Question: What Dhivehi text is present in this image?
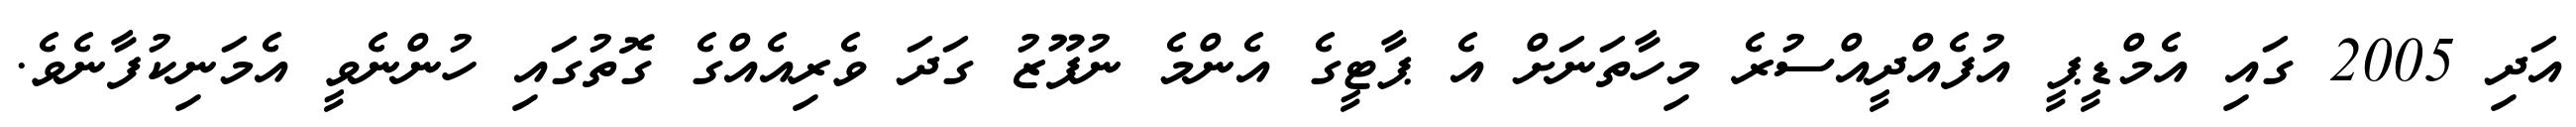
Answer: އަދި 2005 ގައި އެމްޑީޕީ އުފެއްދީއްސުރެ މިހާތަނަށް އެ ޕާޓީގެ އެންމެ ނުފޫޒު ގަދަ ވެރިއެއްގެ ގޮތުގައި ހުންނެވީ އެމަނިކުފާނެވެ.